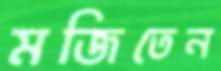
মজিতেন